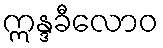
ဣန္ဒခီလောဝ